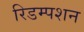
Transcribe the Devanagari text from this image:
रिडम्‍पशन